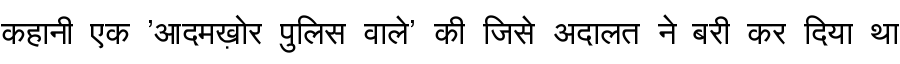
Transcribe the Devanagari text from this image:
कहानी एक 'आदमख़ोर पुलिस वाले' की जिसे अदालत ने बरी कर दिया था